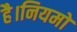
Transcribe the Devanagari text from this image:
है।नियमों